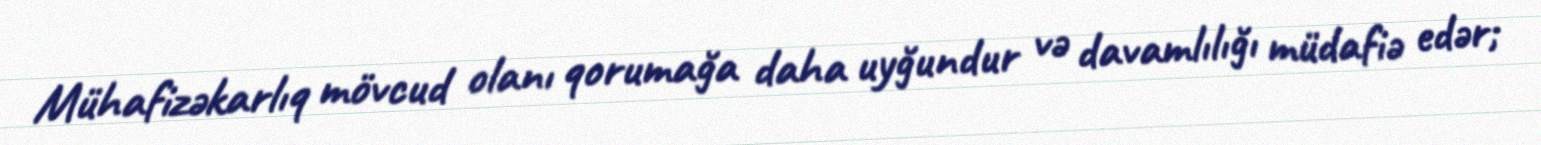
Mühafizəkarlıq mövcud olanı qorumağa daha uyğundur və davamlılığı müdafiə edər;